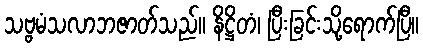
သဗ္ဗမံသလာဘဇာတ်သည်။ နိဋ္ဌိတံ၊ ပြီးခြင်းသို့ရောက်ပြီ။